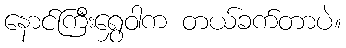
နောင်ကြီးရွှေဝါက တယ်ခက်တာပဲ။